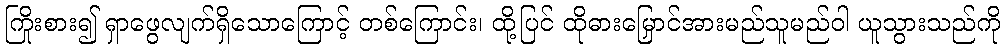
ကြိုးစား၍ ရှာဖွေလျက်ရှိသောကြောင့် တစ်ကြောင်း၊ ထို့ပြင် ထိုဓားမြှောင်အားမည်သူမည်ဝါ ယူသွားသည်ကို